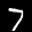
Label: 7